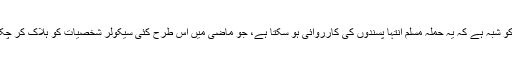
پولیس کو شبہ ہے کہ یہ حملہ مسلم انتہا پسندوں کی کارروائی ہو سکتا ہے، جو ماضی میں اس طرح کئی سیکولر شخصیات کو ہلاک کر چکے ہیں۔